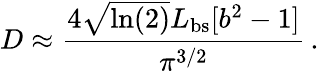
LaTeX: D\approx\frac{4\sqrt{\ln(2)}L_{\mathrm{bs}}[b^{2}-1]}{\pi^{3/2}}\, .